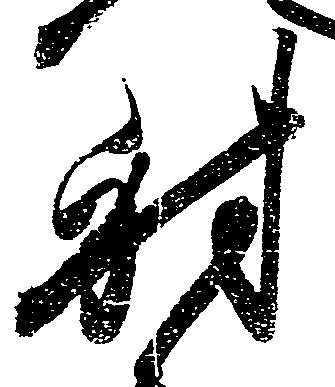
射